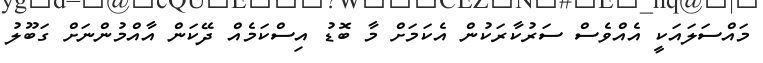
މައްސަލައަކީ އެއްވެސް ސަރުކާރަކުން އެކަމަށް މާ ބޮޑު އިސްކަމެއް ދޭކަން އާއްމުންނަށް ގަބޫލު